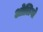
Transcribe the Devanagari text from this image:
ओलिगो